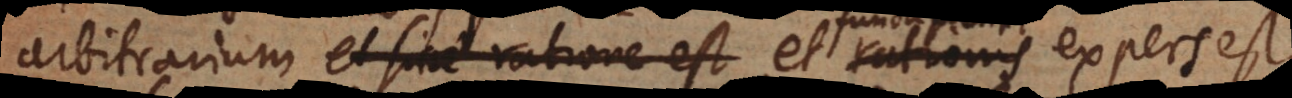
arbitrarium et sine ratione est et rationis expers est,